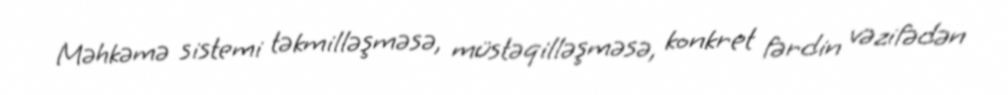
Məhkəmə sistemi təkmilləşməsə, müstəqilləşməsə, konkret fərdin vəzifədən